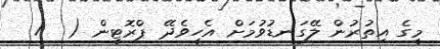
މީގެ އިތުރުން ލޭގަނޑުވުމަށް އެހީވެދޭ ޕްރޮޓީން (  /